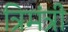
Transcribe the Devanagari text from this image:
त्रिमंत्री